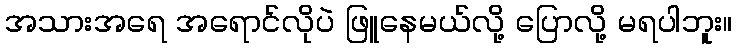
အသားအရေ အရောင်လိုပဲ ဖြူနေမယ်လို့ ပြောလို့ မရပါဘူး။